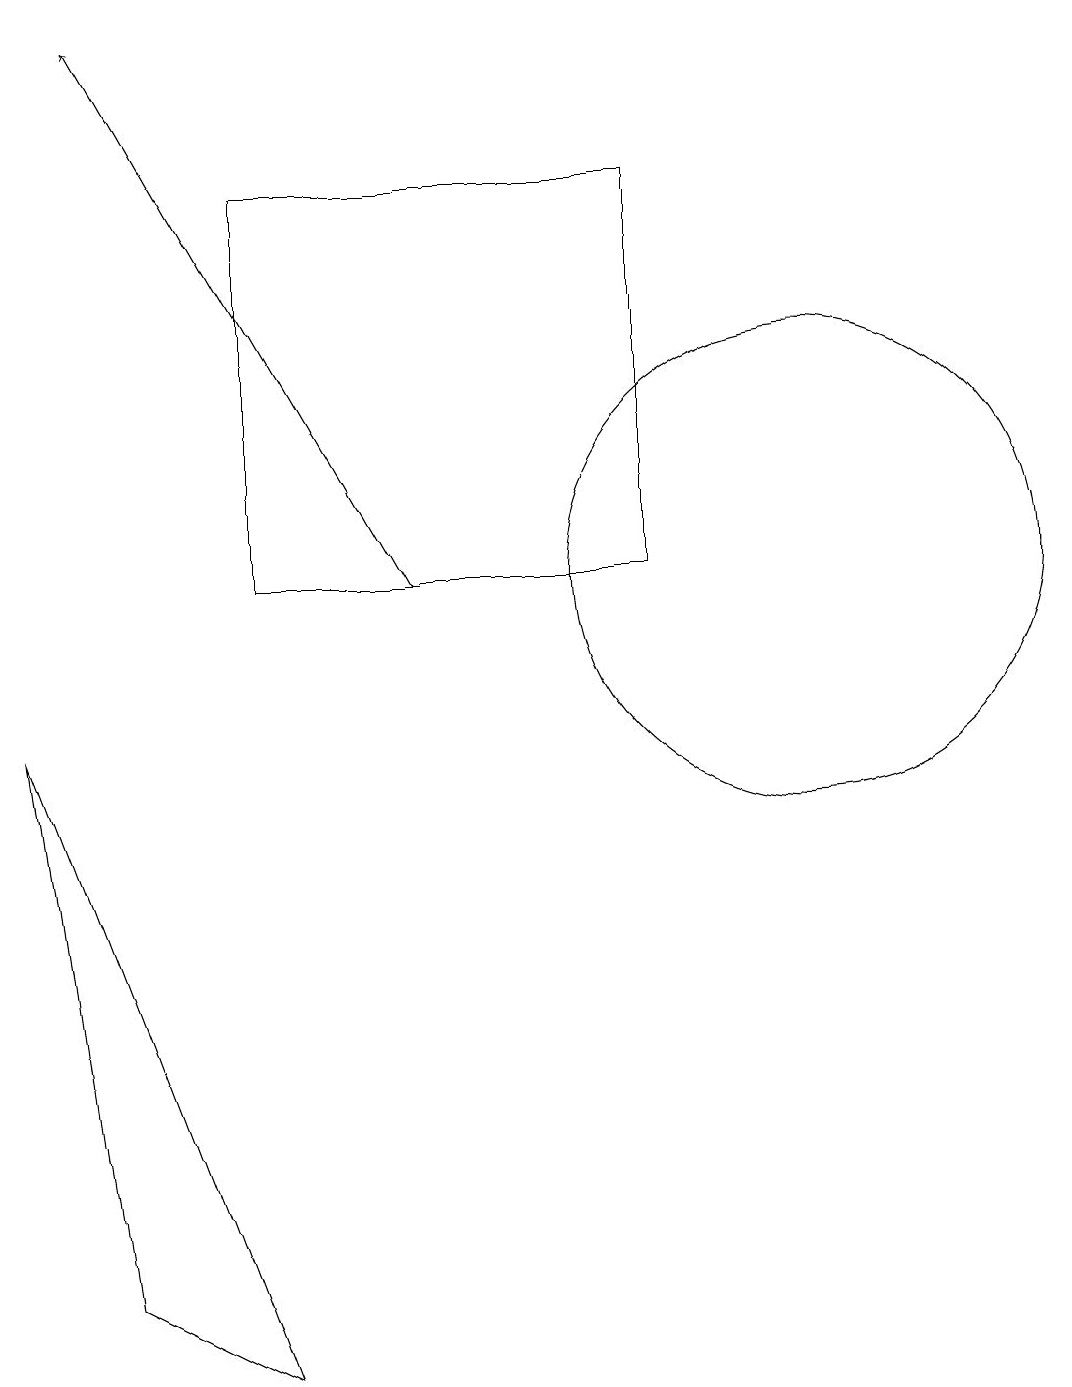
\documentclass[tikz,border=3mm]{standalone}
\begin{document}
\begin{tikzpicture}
\draw (4,1) -- (1,9) -- (2,2) -- cycle;
\draw (11,11) circle (3);
\draw (9,11) rectangle (4,16);
\draw[->] (6,11) -- (2,18);
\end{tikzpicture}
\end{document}